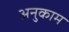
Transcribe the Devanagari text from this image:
अनुकाम